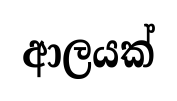
ආලයක්